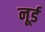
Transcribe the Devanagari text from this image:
नूर्ड